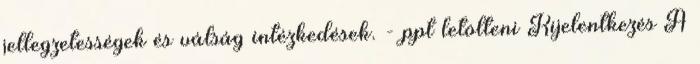
jellegzetességek és válság intézkedések. - ppt letölteni Kijelentkezés A